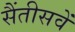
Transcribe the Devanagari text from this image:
सैंतीसवें